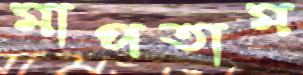
মাপতাম